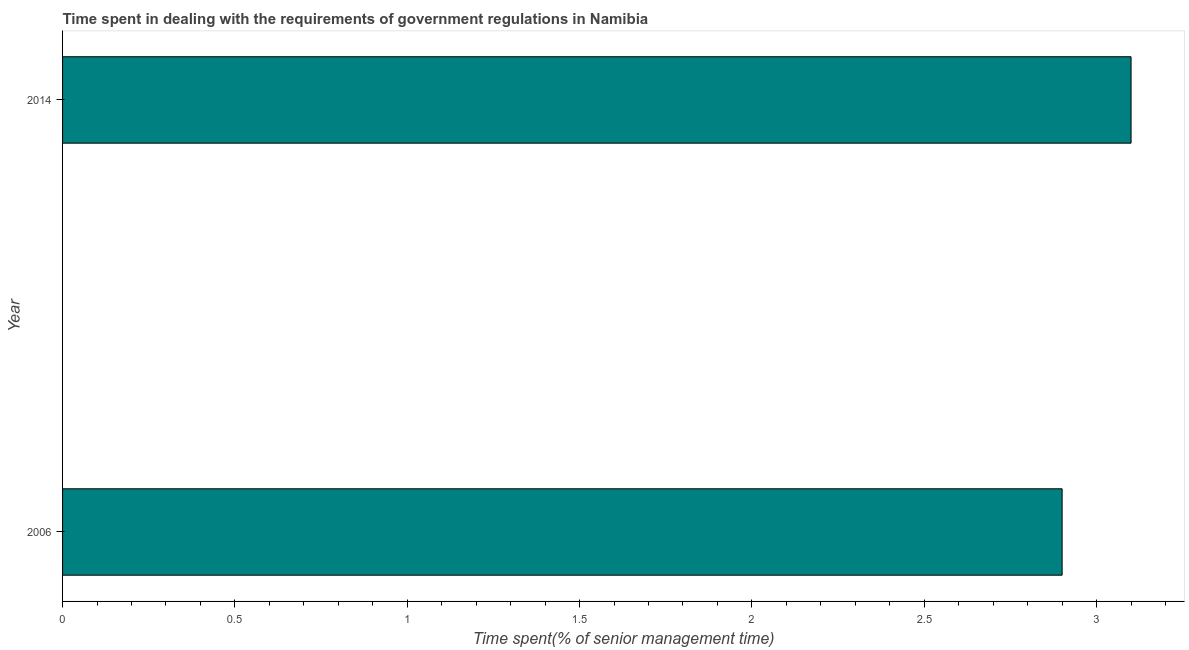
| Year | Government regulations |
 | --- | --- |
 | 2006 | 2.9 |
 | 2014 | 3.1 |